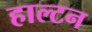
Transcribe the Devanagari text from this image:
हाल्टन